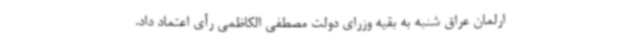
ارلمان عراق شنبه به بقیه وزرای دولت مصطفی الکاظمی رأی اعتماد داد.